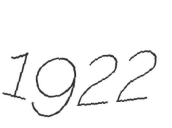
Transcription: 1922